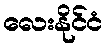
လေးနိုင်ငံ